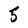
Character: 5